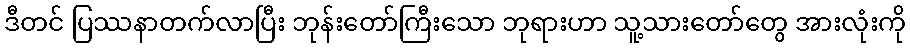
ဒီတင် ပြဿနာတက်လာပြီး ဘုန်းတော်ကြီးသော ဘုရားဟာ သူ့သားတော်တွေ အားလုံးကို